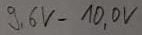
Text: 9,6V-10,0V